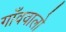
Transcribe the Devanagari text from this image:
गाँववालो